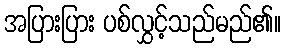
အပြားပြား ပစ်လွှင့်သည်မည်၏။